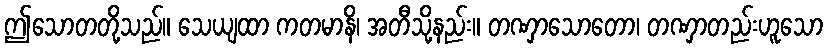
ဤသောတတို့သည်။ သေယျထာ ကတမာနိ၊ အတီသို့နည်း။ တဏှာသောတော၊ တဏှာတည်းဟူသော